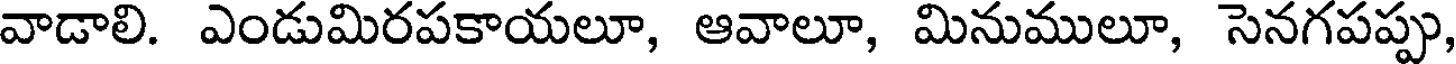
వాడాలి. ఎండుమిరపకాయలూ, ఆవాలూ, మినుములూ, సెనగపప్పు,